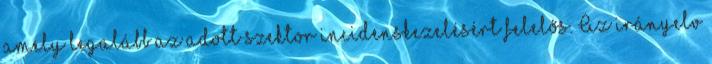
amely legalább az adott szektor incidenskezelésért felelős. Az irányelv